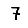
Digit: 7